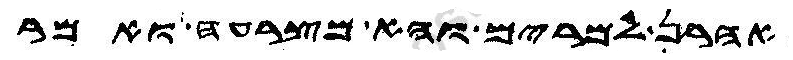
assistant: אהרן למרים והא מצרעה ואמר